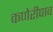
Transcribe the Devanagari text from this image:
कणेरीपाव